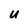
Character: U